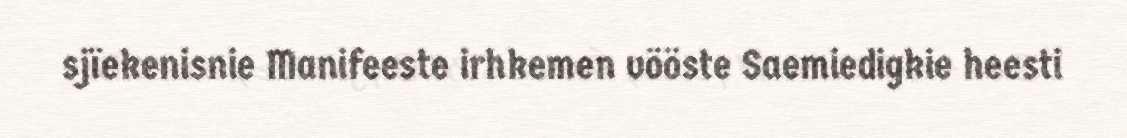
sjïekenisnie Manifeeste irhkemen vööste Saemiedigkie heesti